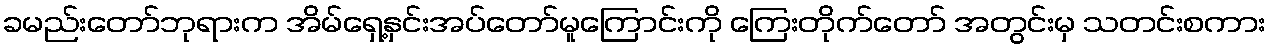
ခမည်းတော်ဘုရားက အိမ်ရှေ့နှင်းအပ်တော်မူကြောင်းကို ကြေးတိုက်တော် အတွင်းမှ သတင်းစကား